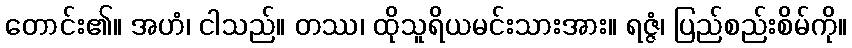
တောင်း၏။ အဟံ၊ ငါသည်။ တဿ၊ ထိုသူရိယမင်းသားအား။ ရဇ္ဇံ၊ ပြည်စည်းစိမ်ကို။